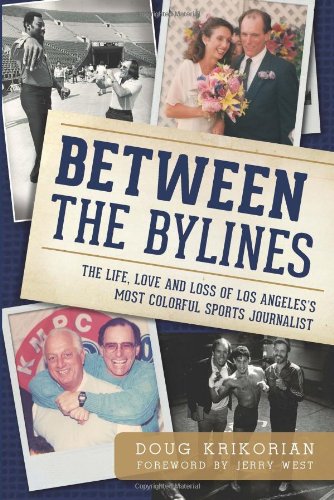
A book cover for Between the Bylines:: The Life, Love & Loss of Los Angeles's Most Colorful Sports Journalist; Doug Krikorian; Sports & Outdoors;